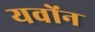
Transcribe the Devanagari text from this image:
यवोंन